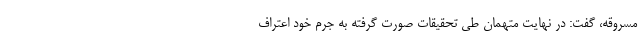
مسروقه، گفت: در نهایت متهمان طی تحقیقات صورت گرفته به جرم خود اعتراف